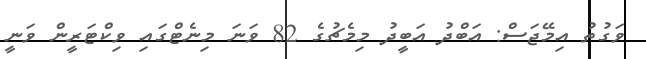
ވަގުތު އިމޭޖަސް: އަބްދު އަބީދު މިމެޗުގެ 82 ވަނަ މިނެޓްގައި ވިކްޓަރީން ވަނީ